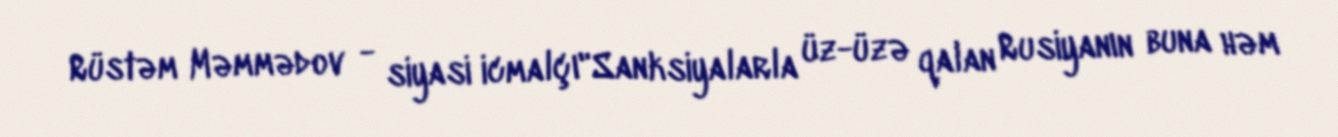
Rüstəm Məmmədov - siyasi icmalçı"Sanksiyalarla üz-üzə qalan Rusiyanın buna həm